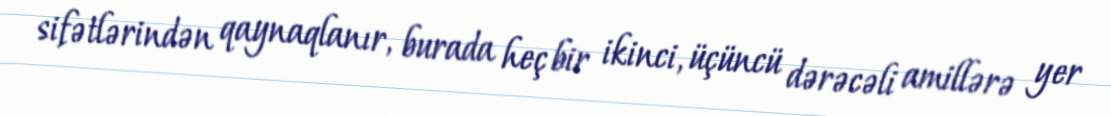
sifətlərindən qaynaqlanır, burada heç bir ikinci, üçüncü dərəcəli amillərə yer